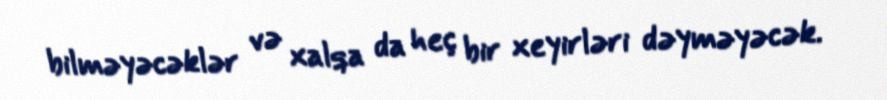
bilməyəcəklər və xalqa da heç bir xeyirləri dəyməyəcək.